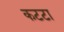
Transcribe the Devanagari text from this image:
कटटा